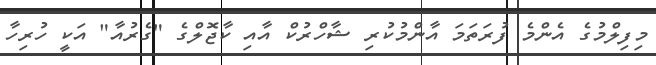
މިފިލްމުގެ އެންމެ ފުރަތަމަ އާންމުކުރި ޝާހްރުކް އާއި ކާޖޮލްގެ "ގެރުއާ" އަކީ ހުރިހާ